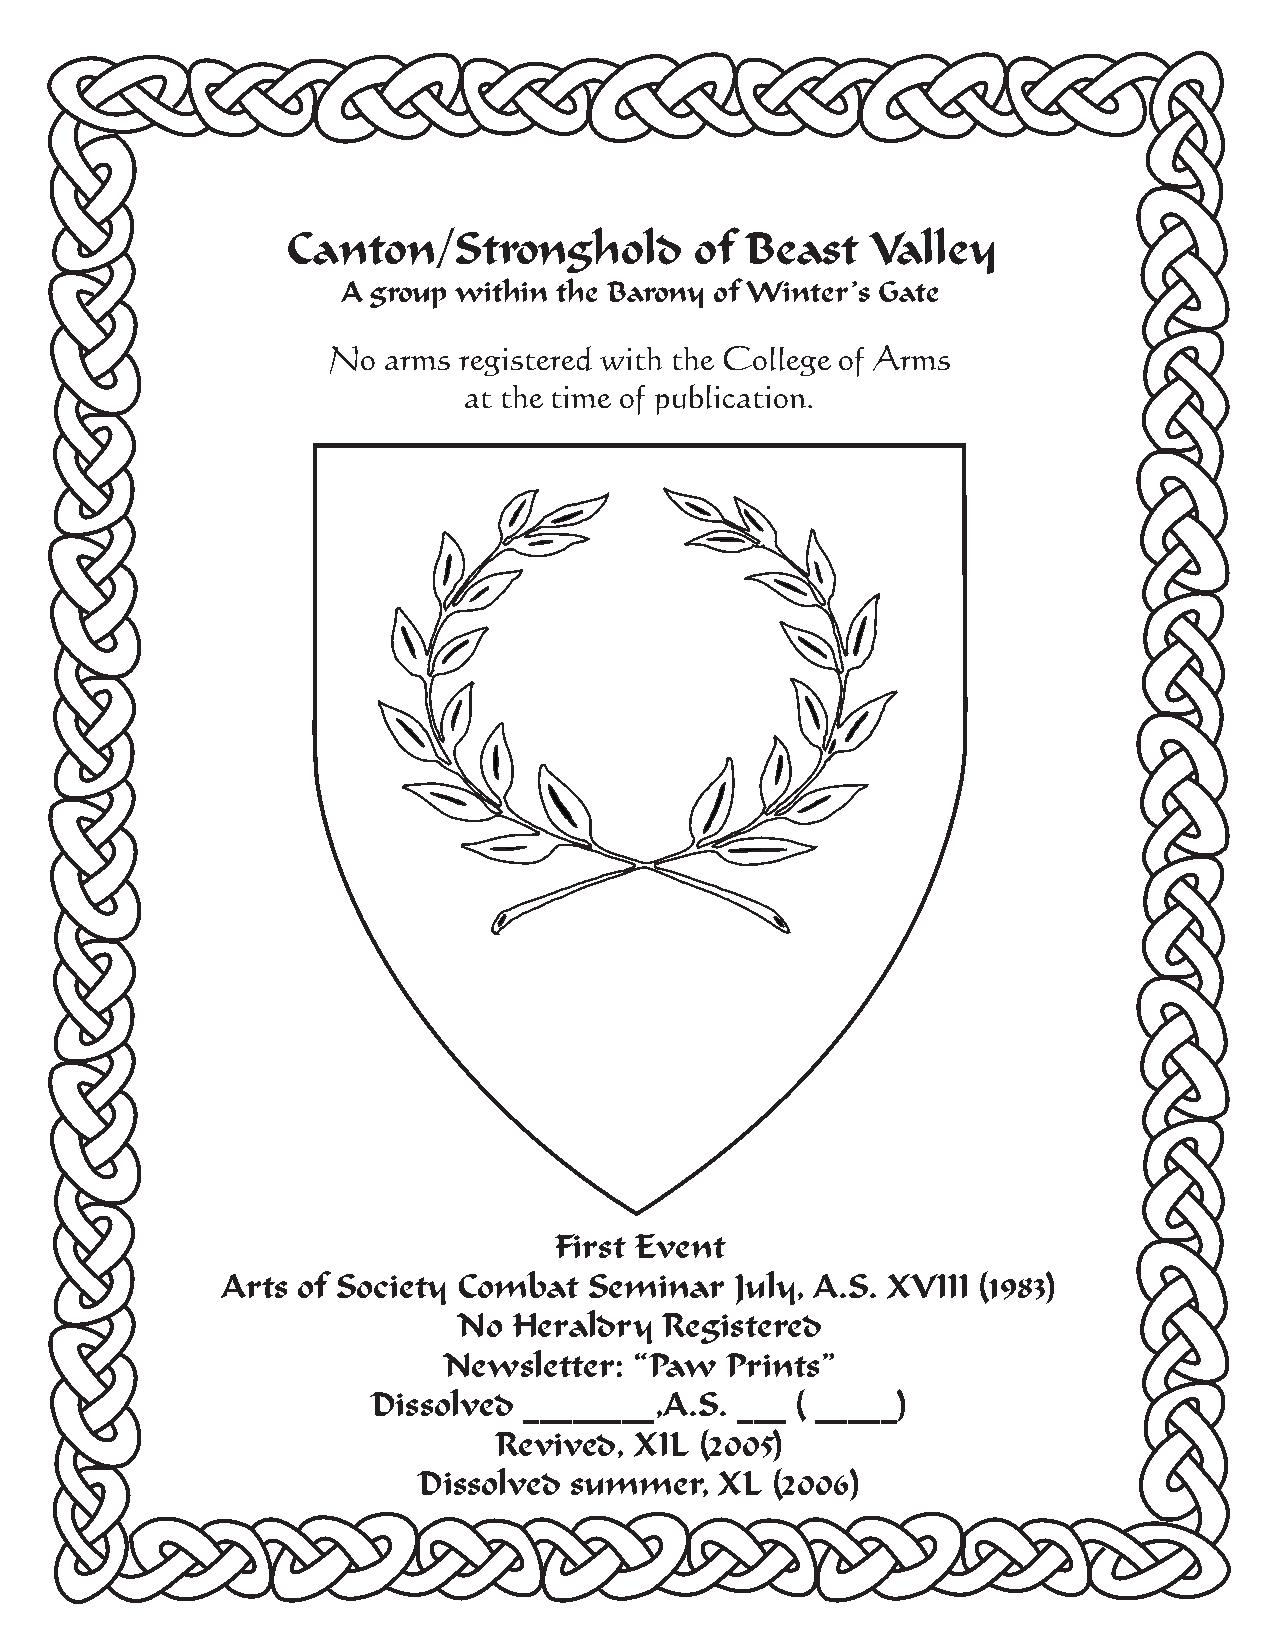
Canton/Stronghold          of Beast    Valley
 A group within the Barony of Winter’s Gate
 No arms registered with the College of Arms
 at the time of publication.
 First Event
 Arts of Society Combat  Seminar   July, A.S. XVIII (1983)
 No  Heraldry  Registered
 Newsletter:  “Paw  Prints”
 Dissolved ________,A.S. ___ ( _____)
 Revived, XIL (2005)
 Dissolved summer,   XL (2006)